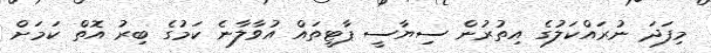
މިފަދަ ނުރައްކަލުގެ އިތުރުން ސިޔާސީ ޕާޓީތައް އުވާލާނެ ކަމުގެ ބިރު އޮތް ކަމަށް